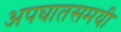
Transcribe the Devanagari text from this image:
अपघातसमयी